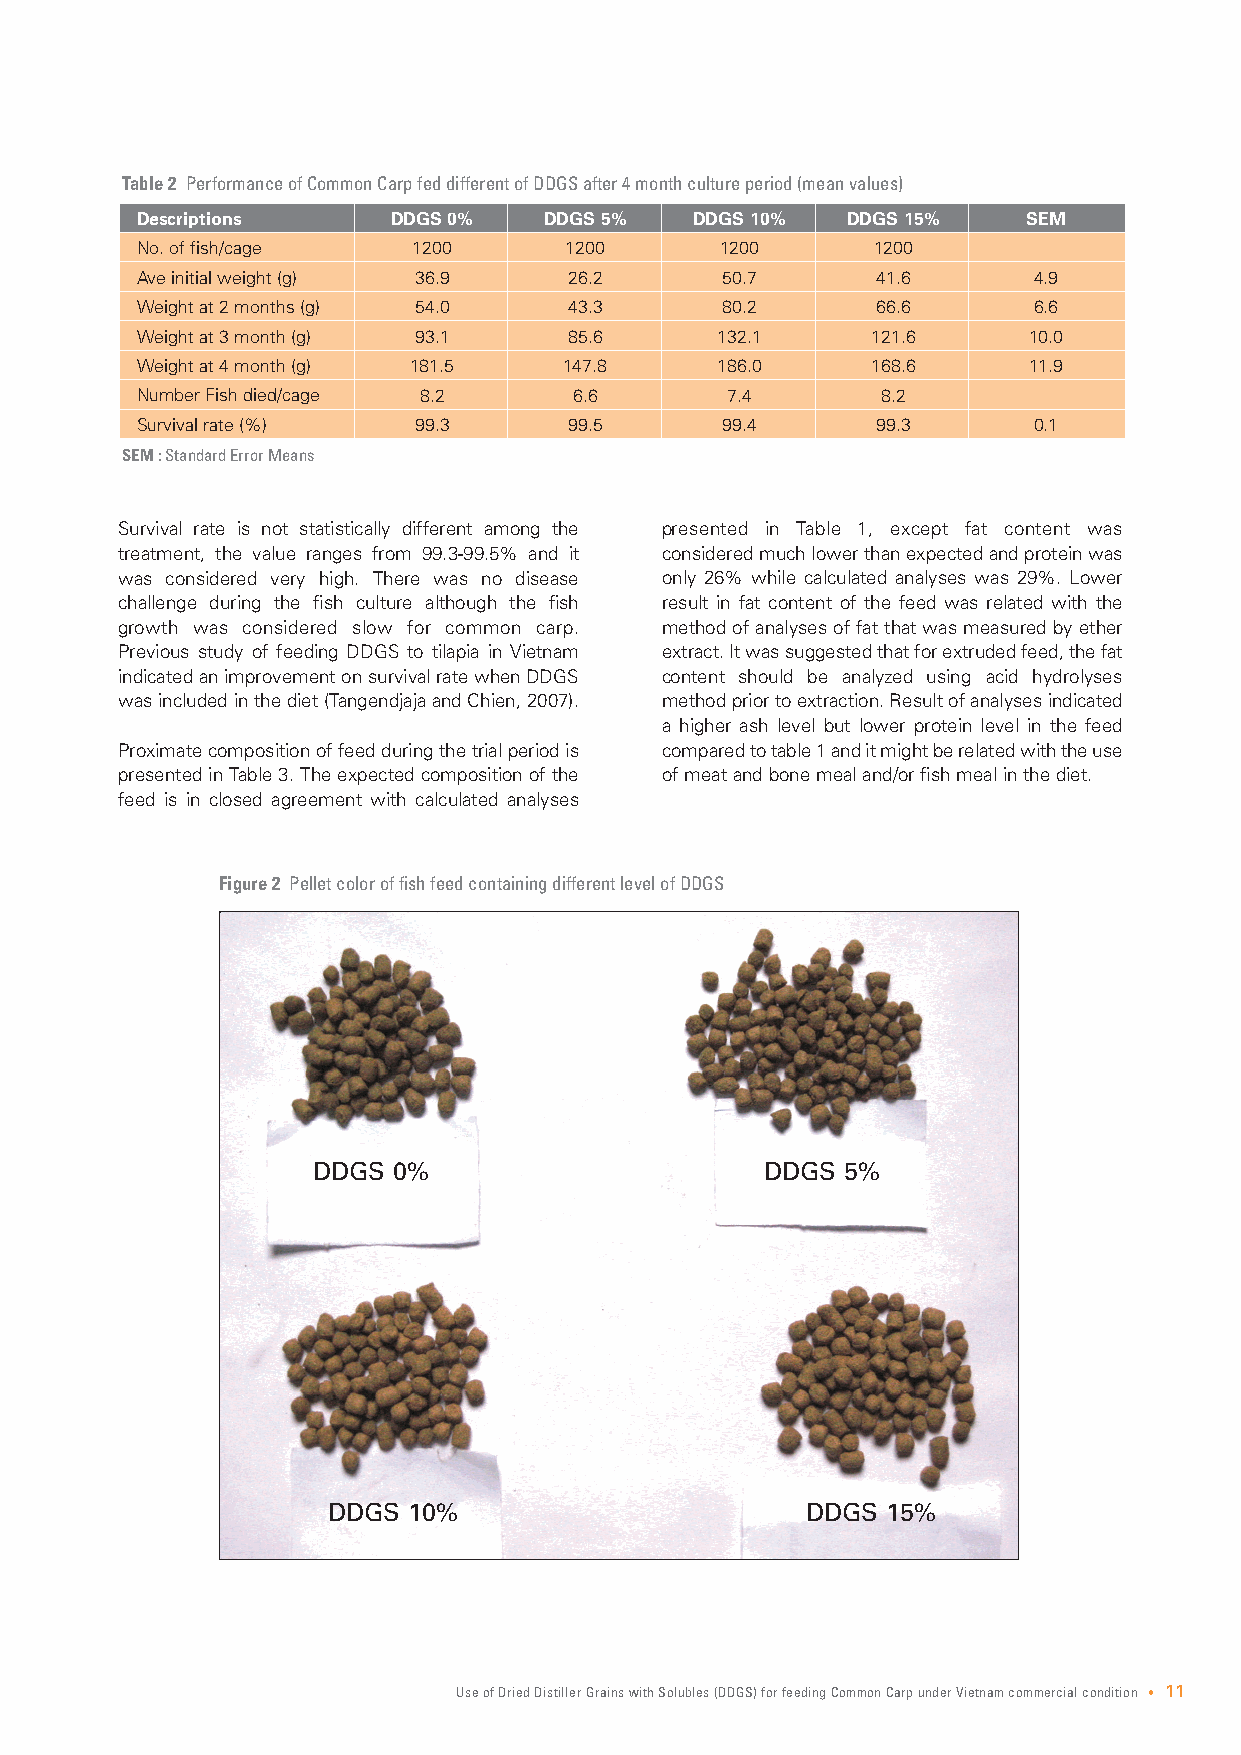
Table 2 Performance of Common Carp fed different of DDGS after 4 month culture period (mean values)
 Descriptions     DDGS 0%   DDGS 5%   DDGS 10%  DDGS 15%    SEM
 No. of fish/cage  1200      1200       1200      1200
 Ave initial weight (g) 36.9  26.2      50.7      41.6      4.9
 Weight at 2 months (g) 54.0  43.3      80.2      66.6      6.6
 Weight at 3 month (g) 93.1   85.6     132.1      121.6     10.0
 Weight at 4 month (g) 181.5 147.8     186.0      168.6     11.9
 Number Fish died/cage 8.2    6.6       7.4       8.2
 Survival rate (%) 99.3       99.5      99.4      99.3      0.1
 SEM :Standard Error Means
 Survival rate is not statistically different among the presented in Table 1, except fat content was
 treatment, the value ranges from 99.3-99.5% and it considered much lower than expected and protein was
 was considered very high. There was no disease only 26% while calculated analyses was 29%. Lower
 challenge during the fish culture although the fish result in fat content of the feed was related with the
 growth was considered slow for common carp. method of analyses of fat that was measured by ether
 Previous study of feeding DDGS to tilapia in Vietnam extract. It was suggested that for extruded feed, the fat
 indicated an improvement on survival rate when DDGS content should be analyzed using acid hydrolyses
 was included in the diet (Tangendjaja and Chien, 2007). method prior to extraction. Result of analyses indicated
 a higher ash level but lower protein level in the feed
 Proximate composition of feed during the trial period is compared to table 1 and it might be related with the use
 presented in Table 3. The expected composition of the of meat and bone meal and/or fish meal in the diet.
 feed is in closed agreement with calculated analyses
 Figure 2 Pellet color of fish feed containing different level of DDGS
 DDGS 0%                       DDGS 5%
 DDGS 10%                       DDGS  15%
 Use of Dried Distiller Grains with Solubles (DDGS) for feeding Common Carp under Vietnam commercial condition • 11